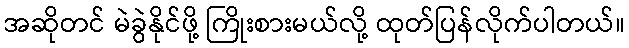
အဆိုတင် မဲခွဲနိုင်ဖို့ ကြိုးစားမယ်လို့ ထုတ်ပြန်လိုက်ပါတယ်။